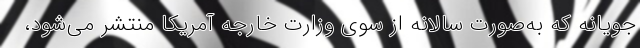
‌جویانه که به‌صورت سالانه از سوی وزارت خارجه آمریکا منتشر می‌شود،